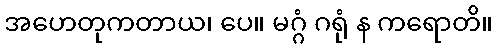
အဟေတုကတာယ၊ ပေ။ မဂ္ဂံ ဂရုံ န ကရောတိ။